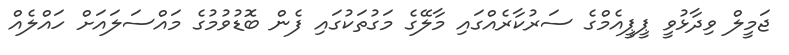
ޖަމީލް ވިދާޅުވީ ޕީޕީއެމްގެ ސަރުކާރެއްގައި މާލޭގެ މަގުތަކުގައި ފެން ބޮޑުވުމުގެ މައްސަލައަށް ހައްލެއް